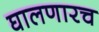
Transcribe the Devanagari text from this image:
घालणारच